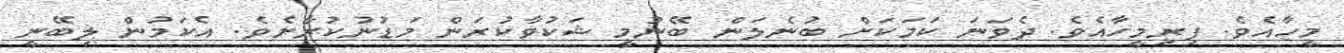
މީހާއެވެ. ފިރިމީހާއެވެ. ދެވަނަ ކަމަކަށް ބުނެލަން ބޭނުމީ ޝަކުވާކުރަން މަޑުނުކުރާށެވެ. އެކަމުން ލިބޭނީ